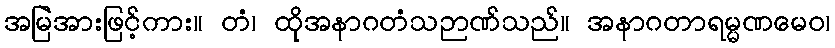
အမြဲအားဖြင့်ကား။ တံ၊ ထိုအနာဂတံသဉာဏ်သည်။ အနာဂတာရမ္မဏမေဝ၊